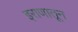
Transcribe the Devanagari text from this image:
इराणातून